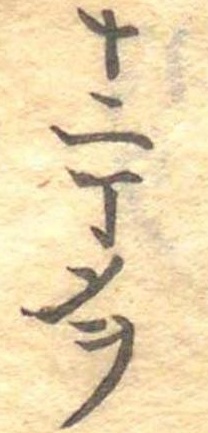
十二丁メヲ